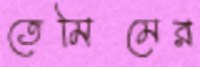
তেমিমের